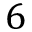
6